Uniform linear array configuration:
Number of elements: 16
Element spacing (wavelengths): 1
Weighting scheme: hann
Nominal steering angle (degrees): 60
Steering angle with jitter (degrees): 61.055
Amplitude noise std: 0.05
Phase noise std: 0.05

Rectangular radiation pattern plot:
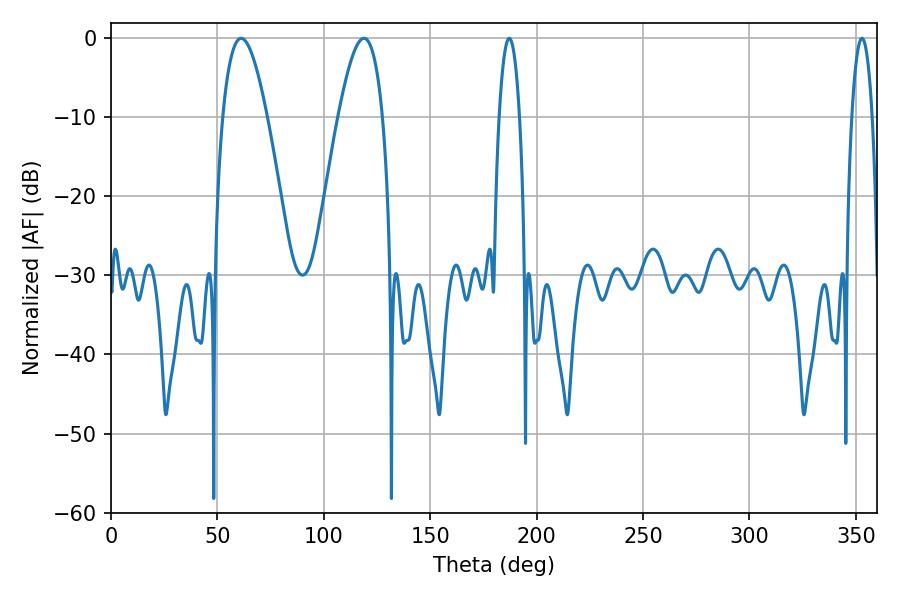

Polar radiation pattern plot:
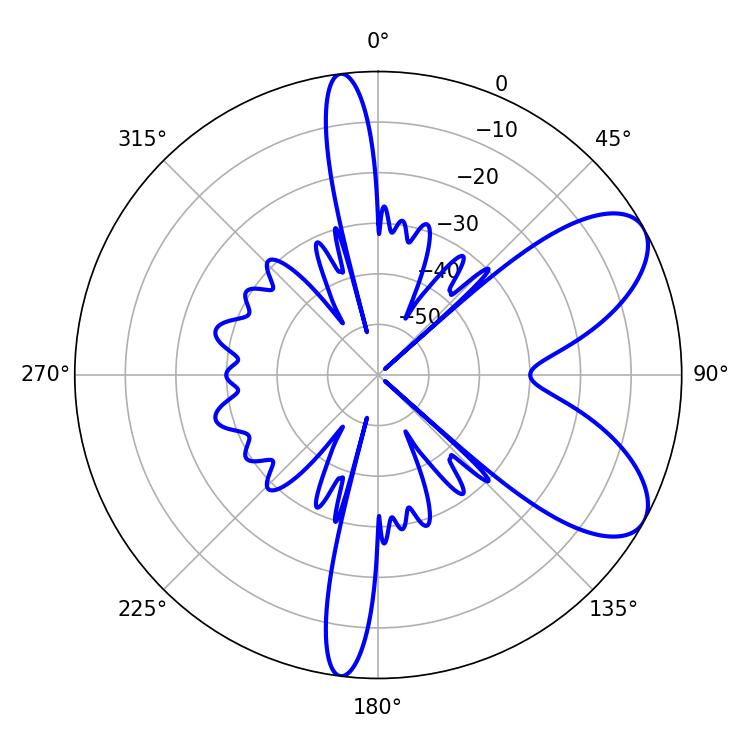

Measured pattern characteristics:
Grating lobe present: TRUE
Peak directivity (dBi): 7.542
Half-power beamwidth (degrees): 11.34
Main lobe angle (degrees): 61.2